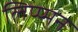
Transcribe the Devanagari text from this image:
लिप्प्मन